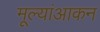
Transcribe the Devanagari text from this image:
मूल्यांआकन